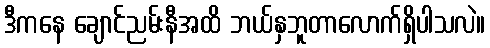
ဒီကနေ ချောင်ညမ်းနီအထိ ဘယ်နှဘူတာလောက်ရှိပါသလဲ။